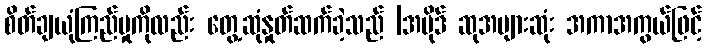
စိတ်ချယုံကြည်မှုကိုလည်း တွေ့ဆုံနှုတ်ဆက်ခဲ့သည် |အပိုဒ် ဆုအများဆုံး အကာအကွယ်ဖြင့်